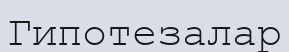
Гипотезалар